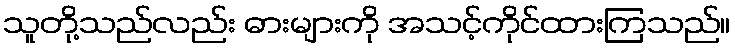
သူတို့သည်လည်း ဓားများကို အသင့်ကိုင်ထားကြသည်။